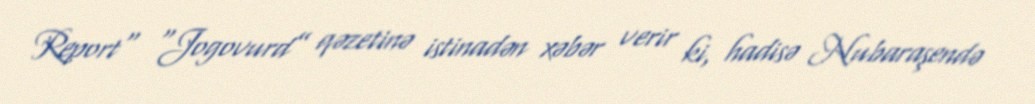
Report" “Jogovurd” qəzetinə istinadən xəbər verir ki, hadisə Nubaraşendə